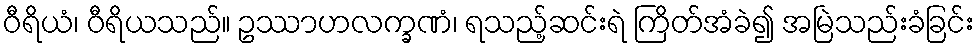
ဝီရိယံ၊ ဝီရိယသည်။ ဥဿာဟလက္ခဏံ၊ ရသည့်ဆင်းရဲ ကြိတ်အံခဲ၍ အမြဲသည်းခံခြင်း